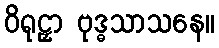
ဝိရုဠှာ ဗုဒ္ဓသာသနေ။